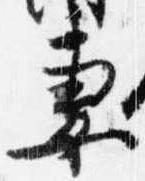
妻